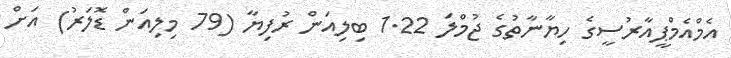
އެމްއެމްޕީއާރުސީގެ ހިޔާނާތުގެ ޖުމްލަ 1.22 ބިލިއަން ރުފިޔާ (79 މިލިއަން ޑޮލަރު) އަށް